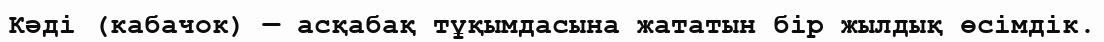
Кәді (кабачок) — асқабақ тұқымдасына жататын бір жылдық өсімдік.